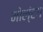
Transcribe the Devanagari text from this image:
मोल्‌ंटग